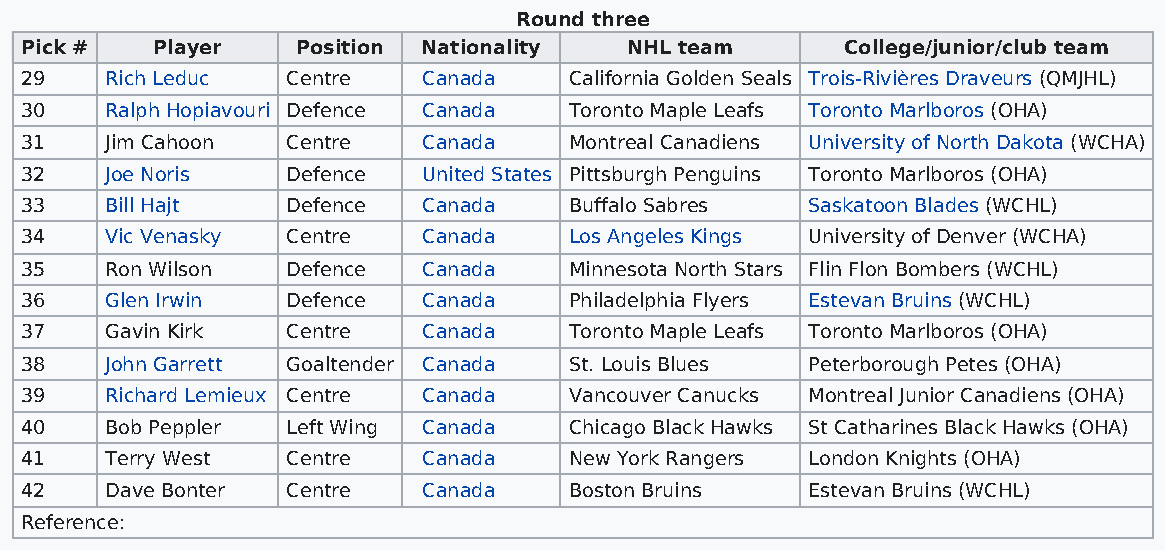
Round three
 Pick #   Player    Position Nationality  NHL team      College/junior/club team
 29    Rich Leduc  Centre   Canada    California Golden Seals Trois-Rivières Draveurs (QMJHL)
 30    Ralph Hopiavouri Defence Canada Toronto Maple Leafs Toronto Marlboros (OHA)
 31    Jim Cahoon  Centre   Canada    Montreal Canadiens University of North Dakota (WCHA)
 32    Joe Noris   Defence  United States Pittsburgh Penguins Toronto Marlboros (OHA)
 33    Bill Hajt   Defence  Canada    Buffalo Sabres Saskatoon Blades (WCHL)
 34    Vic Venasky Centre   Canada    Los Angeles Kings University of Denver (WCHA)
 35    Ron Wilson  Defence  Canada    Minnesota North Stars Flin Flon Bombers (WCHL)
 36    Glen Irwin  Defence  Canada    Philadelphia Flyers Estevan Bruins (WCHL)
 37    Gavin Kirk  Centre   Canada    Toronto Maple Leafs Toronto Marlboros (OHA)
 38    John Garrett Goaltender Canada St. Louis Blues Peterborough Petes (OHA)
 39    Richard Lemieux Centre Canada  Vancouver Canucks Montreal Junior Canadiens (OHA)
 40    Bob Peppler Left Wing Canada   Chicago Black Hawks St Catharines Black Hawks (OHA)
 41    Terry West  Centre   Canada    New York Rangers London Knights (OHA)
 42    Dave Bonter Centre   Canada    Boston Bruins  Estevan Bruins (WCHL)
 Reference: